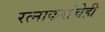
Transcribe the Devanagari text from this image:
रत्‍नाकरांचेही